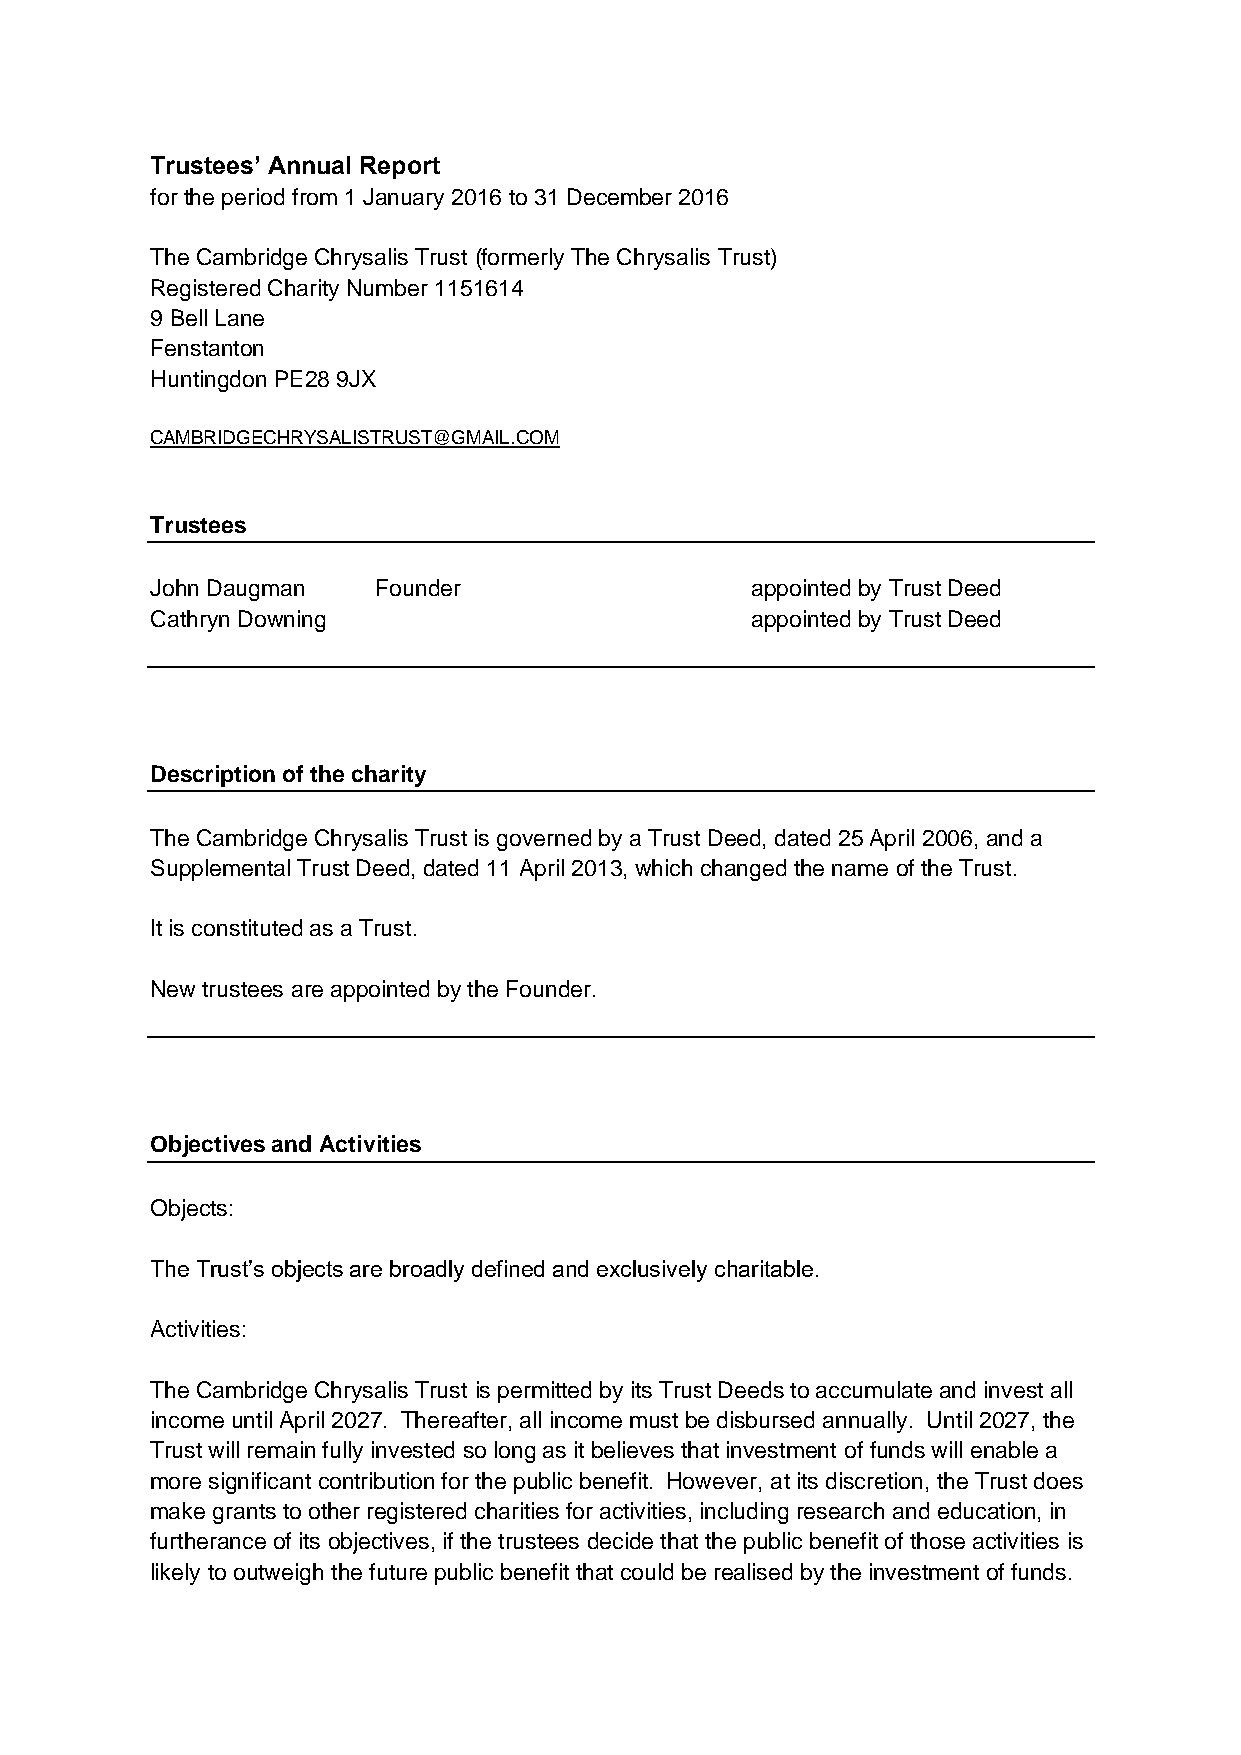
Trustees’ Annual Report
 for the period from 1 January 2016 to 31 December 2016
 The Cambridge Chrysalis Trust (formerly The Chrysalis Trust)
 Registered Charity Number 1151614
 9 Bell Lane
 Fenstanton
 Huntingdon PE28 9JX
 CAMBRIDGECHRYSALISTRUST@GMAIL.COM
 Trustees
 John Daugman   Founder                  appointed by Trust Deed
 Cathryn Downing                         appointed by Trust Deed
 Description of the charity
 The Cambridge Chrysalis Trust is governed by a Trust Deed, dated 25 April 2006, and a
 Supplemental Trust Deed, dated 11 April 2013, which changed the name of the Trust.
 It is constituted as a Trust.
 New trustees are appointed by the Founder.
 Objectives and Activities
 Objects:
 The Trust’s objects are broadly defined and exclusively charitable.
 Activities:
 The Cambridge Chrysalis Trust is permitted by its Trust Deeds to accumulate and invest all
 income until April 2027. Thereafter, all income must be disbursed annually. Until 2027, the
 Trust will remain fully invested so long as it believes that investment of funds will enable a
 more significant contribution for the public benefit. However, at its discretion, the Trust does
 make grants to other registered charities for activities, including research and education, in
 furtherance of its objectives, if the trustees decide that the public benefit of those activities is
 likely to outweigh the future public benefit that could be realised by the investment of funds.